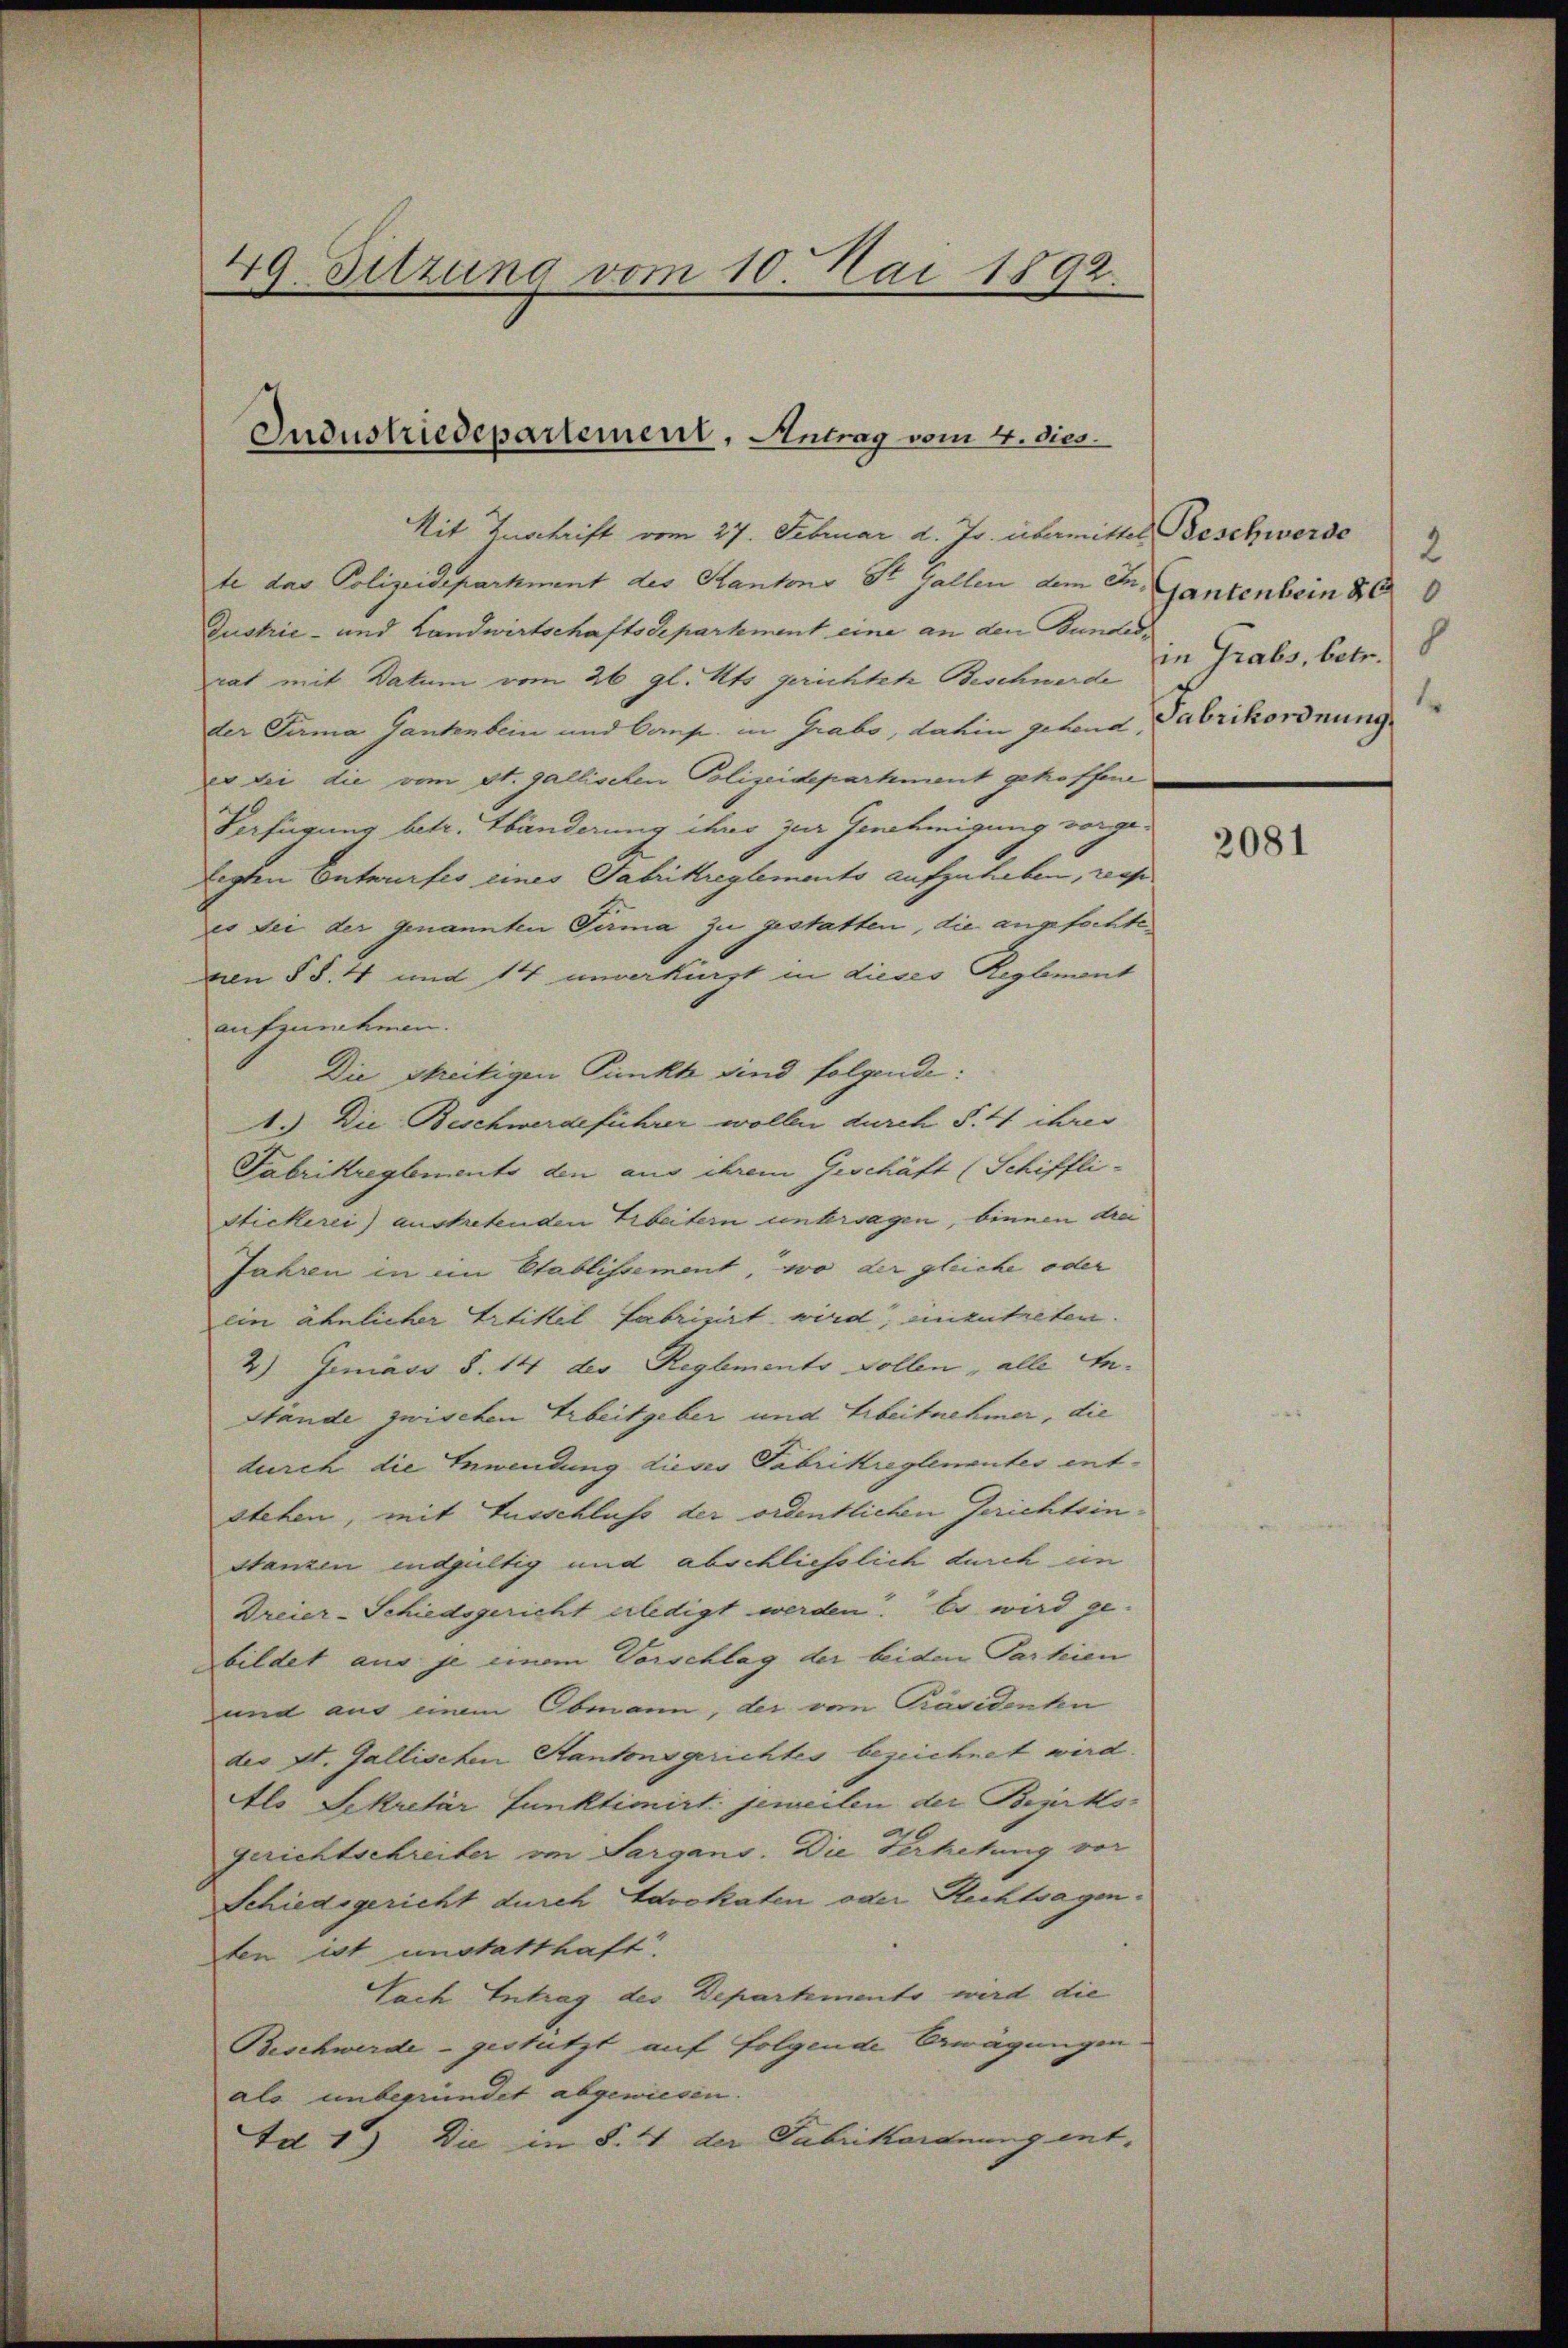
49. Sitzung vom 10. Mai 1892.

Industriedepartement, Antrag vom 4. dies

Mit Zuschrift vom 27. Februar d. Js. übermittelte das Polizeidepartment des Kantons St. Gallen dem In¬
Dustrie- und Landwirtschaftsdepartement eine an den Bundedi
rat mit Datum vom 26. gl. Mts. gerichtete Beschwerde
der Firma Gantenbein und Comp. in Grabs, dahin gehend,
er bei die vom St. gallischen Polizeidepartment getroffene
Verfügung betr. Abänderung ihre zur Genehmigung vorgelegten Entwurfes eines Fabrikreglements aufzuheben, was
es sei der genannten Girma zu gestatten, die angefochte
von § §. 4 und 14 unverkürzt in dieses Reglement
aufzunehmen.
Die streitigen Punkt sind folgende:
1.) Die Beschwerdeführer wollen durch S. 4 chris
Fabrikreglements den aus ihrem Geschäft (Schiffli¬
Stickerei) austretenden Erbeitern untersagen, binnen drei
Jahren in im Etablissement, wo der gleiche oder
ein ähnlicher Artikel fabrizirt wird, einzutreten.
2) Gemass S. 14 des Reglemento sollen, alle An¬
Stände zwischen Arbeitgeber und Arbeitnehmer, die
durch die Inwendung dieses Fabrikreglementes entstehen, mit Ausschluss der ordentlichen Gerichtsinstanzen endgültig und abschließlich durch un
Dreier-Schiedsgericht erledigt werden. Es wird ge-
bildet aus je einem Vorschlag der beiden Partien
und aus einem Obmann, der von Präsidente
des St. Gallischen Kantonsgerichtes bezeichnet wird.
Als Sekretär Funktimirt jeweilen der Bezirksgerichtschreiter im Sargans. Die Verhetung vor
Schiedsgericht durch Advokaten oder Rechtsagen.
sten ist unstatthaft.
Sach Antrag des Departemento wird die
Beschwerde - gestützt auf folgende Bewägungen
als unbegründet abgewiesen.
Id 1) Die in §. 4 der Fabrikordnung ent-

Beschwerde
Gantenbein 800
in Grabs, betr.
1
Fabrikordnung.

2081